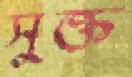
সুক্ত